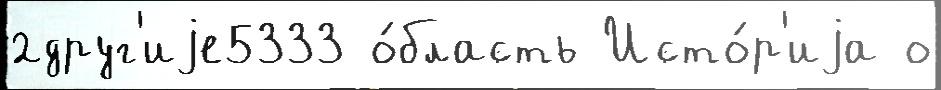
2друг'иjе5333 о́бласть Исто́р'иjа о